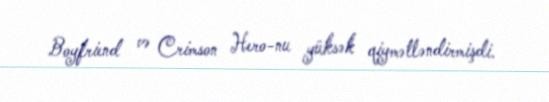
Boyfriend və Crimson Hero-nu yüksək qiymətləndirmişdi.